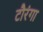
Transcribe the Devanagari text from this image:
टौरंगा